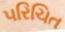
૫રિચિત